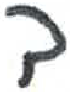
אות: ב